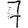
Digit: 7